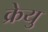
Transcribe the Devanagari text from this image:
क्रेयु